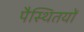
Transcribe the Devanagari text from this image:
पैस्थितयों